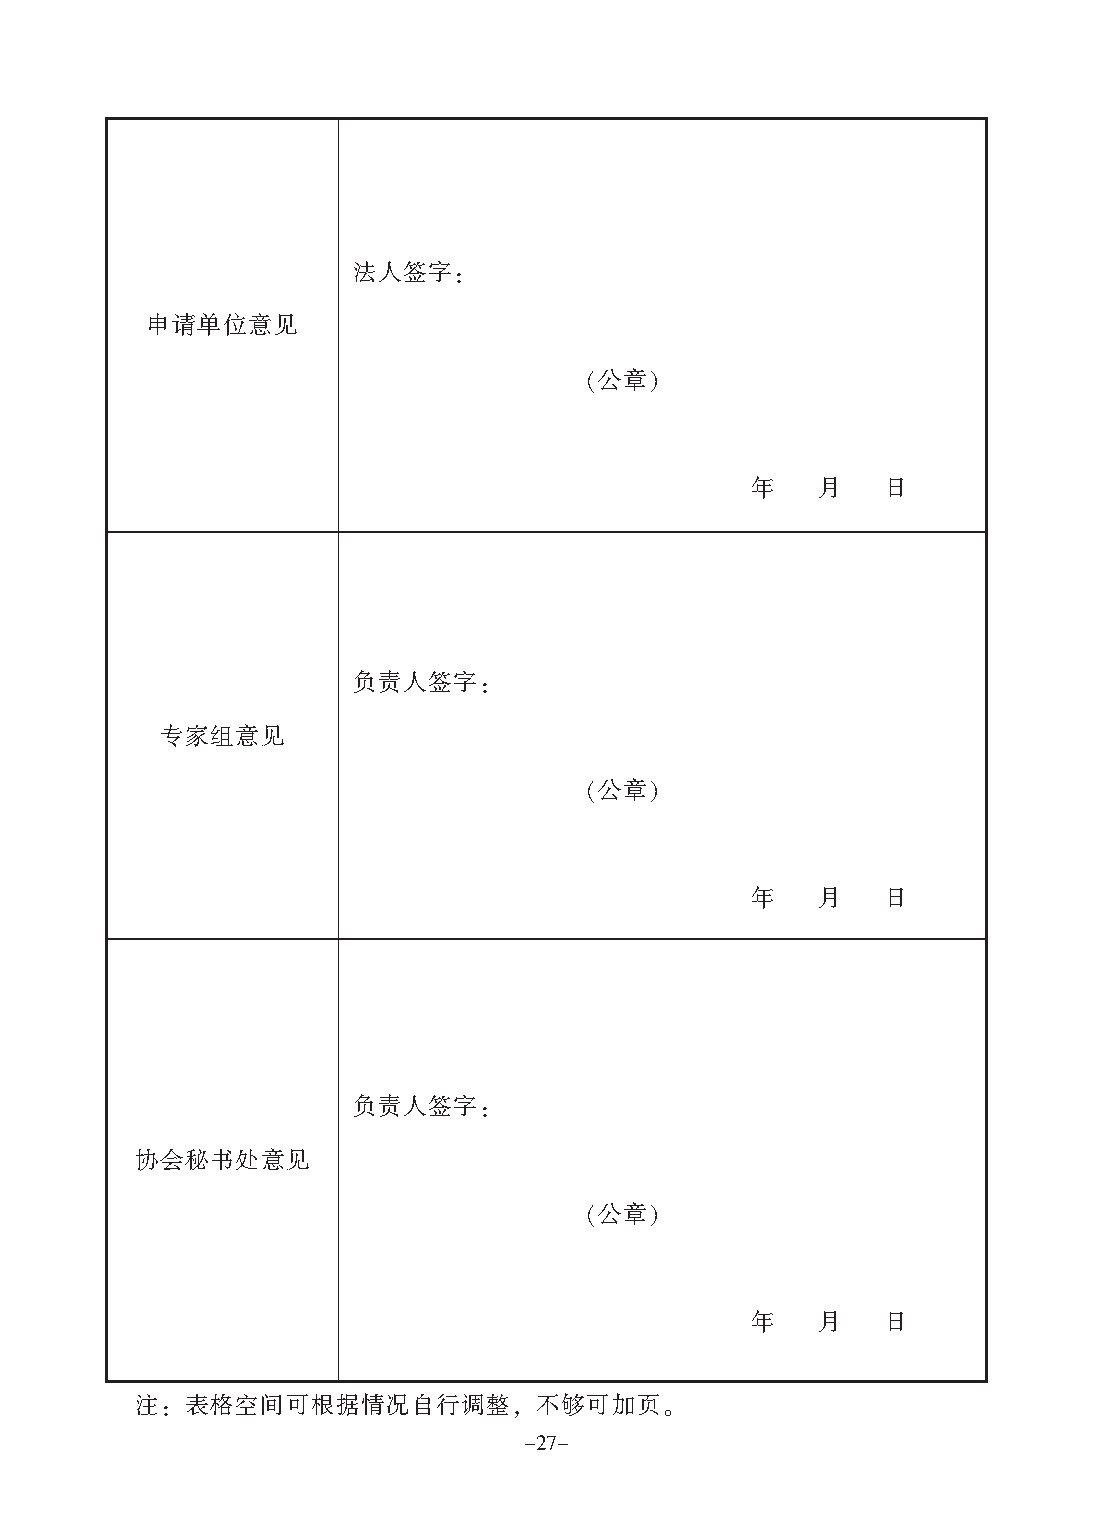
’()*!
 !"#$%&
 "+,#
 -   .    /
 34()*!
 012%&
 "+,$
 -   .    /
 34()*!
 56789%&
 %+,$
 -   .    /
 :! ;<=>?@ABCDEFG&         HI?JK’
 !"#!